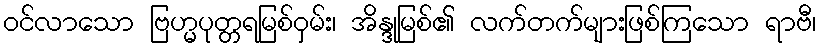
ဝင်လာသော ဗြဟ္မပုတ္တရမြစ်ဝှမ်း၊ အိန္ဒုမြစ်၏ လက်တက်များဖြစ်ကြသော ရာဗီ၊